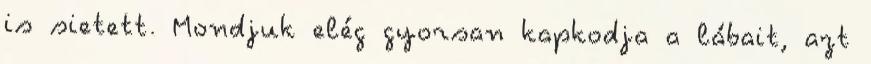
is sietett. Mondjuk elég gyorsan kapkodja a lábait, azt